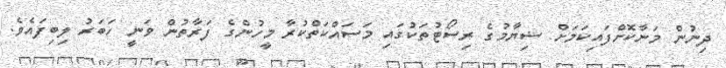
ދިނުން މަނާކޮށްފައިކަމަށް ޟިޔާމުގެ ރިސޯޓުތަކުގައި މަސައްކަތްކުރާ މީހުންގެ ފަރާތުން ވަނީ ހަބަރު ލިބިފައެވެ.